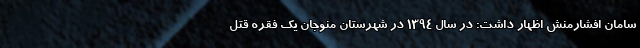
سامان افشارمنش اظهار داشت: در سال ۱۳٩٤ در شهرستان منوجان یک فقره قتل